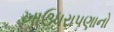
ખાઉધરાપણાનો